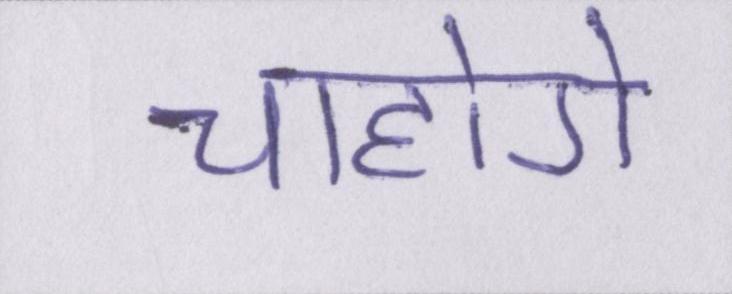
चाहोगे